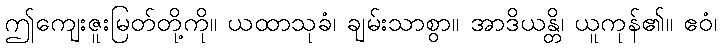
ဤကျေးဇူးမြတ်တို့ကို။ ယထာသုခံ၊ ချမ်းသာစွာ။ အာဒိယန္တိ၊ ယူကုန်၏။ ဧဝံ၊